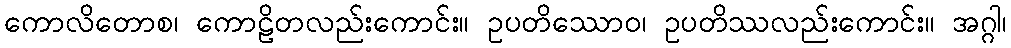
ကောလိတောစ၊ ကောဠိတလည်းကောင်း။ ဥပတိဿောဝ၊ ဥပတိဿလည်းကောင်း။ အဂ္ဂါ၊